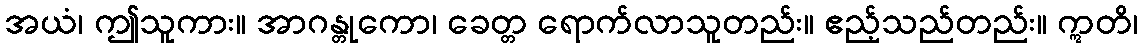
အယံ၊ ဤသူကား။ အာဂန္တုကော၊ ခေတ္တ ရောက်လာသူတည်း။ ဧည့်သည်တည်း။ ဣတိ၊